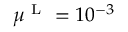
\mu ^ { \mathrm { ~ L ~ } } = 1 0 ^ { - 3 }